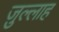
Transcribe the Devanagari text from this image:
ज़ुल्लाह